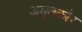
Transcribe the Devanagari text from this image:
अमृतकौर